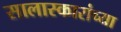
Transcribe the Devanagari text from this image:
सालास्कारांच्या